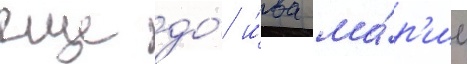
еще до́ и́ва ма́р'ио